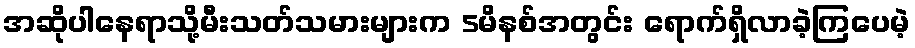
အဆိုပါနေရာသို့မီးသတ်သမားများက 5မိနစ်အတွင်း ရောက်ရှိလာခဲ့ကြပေမဲ့